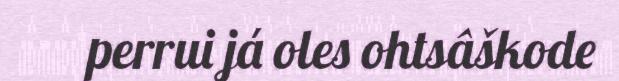
perrui já oles ohtsâškode